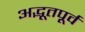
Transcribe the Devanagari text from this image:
अद्भूतपूर्व